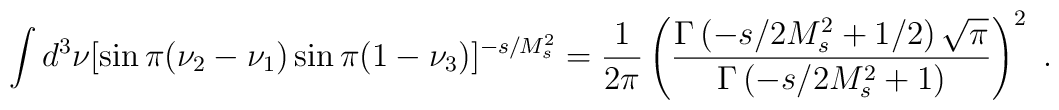
\int d^3\nu[\sin\pi(\nu_2-\nu_1)\sin\pi(1-\nu_3)]^{-s/M_s^2}={{1}\over{2\pi}}\left({{\Gamma\left(-s/2M_s^2+1/2 \right)\sqrt{\pi}}\over{\Gamma\left(-s/2M_s^2+1\right)}}\right)^2 \ .